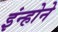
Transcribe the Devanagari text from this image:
इंन्होने